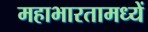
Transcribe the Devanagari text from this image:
महाभारतामध्यें